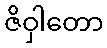
ဇိဝှါတော